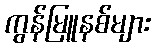
ကွန်မြူနစ်များ